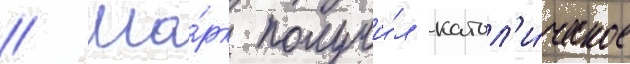
// Ма́рк получи́л катол'и́ческое